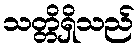
သတ္တိရှိသည်